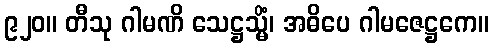
၉၂၀။ တီသု ဂါမဏိ သေဋ္ဌသ္မိံ၊ အဓိပေ ဂါမဇေဋ္ဌကေ။